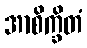
အာစိက္ခိတံ